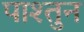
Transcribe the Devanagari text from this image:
पाश्तुन